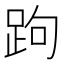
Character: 跔